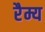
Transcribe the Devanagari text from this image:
रैम्य